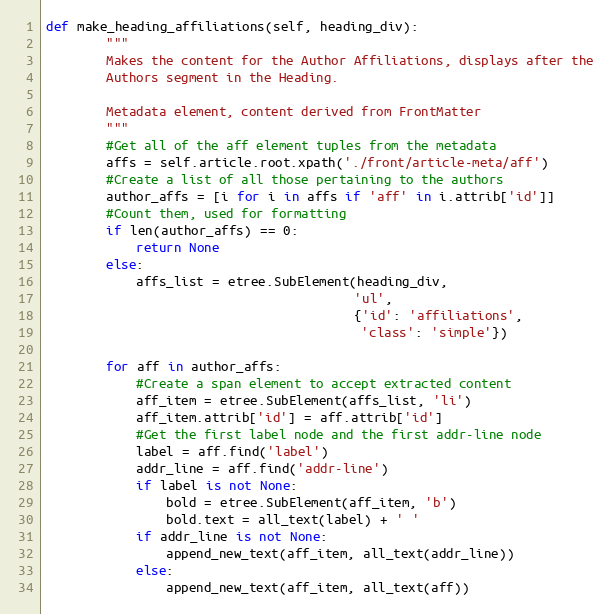
Language: Python
def make_heading_affiliations(self, heading_div):
        """
        Makes the content for the Author Affiliations, displays after the
        Authors segment in the Heading.

        Metadata element, content derived from FrontMatter
        """
        #Get all of the aff element tuples from the metadata
        affs = self.article.root.xpath('./front/article-meta/aff')
        #Create a list of all those pertaining to the authors
        author_affs = [i for i in affs if 'aff' in i.attrib['id']]
        #Count them, used for formatting
        if len(author_affs) == 0:
            return None
        else:
            affs_list = etree.SubElement(heading_div,
                                         'ul',
                                         {'id': 'affiliations',
                                          'class': 'simple'})

        for aff in author_affs:
            #Create a span element to accept extracted content
            aff_item = etree.SubElement(affs_list, 'li')
            aff_item.attrib['id'] = aff.attrib['id']
            #Get the first label node and the first addr-line node
            label = aff.find('label')
            addr_line = aff.find('addr-line')
            if label is not None:
                bold = etree.SubElement(aff_item, 'b')
                bold.text = all_text(label) + ' '
            if addr_line is not None:
                append_new_text(aff_item, all_text(addr_line))
            else:
                append_new_text(aff_item, all_text(aff))